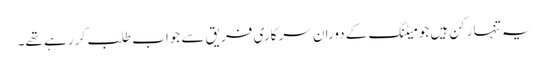
یہ تنہا رکن ہیں جو میٹنگ کے دوران سرکاری فریق سے جواب طلب کر رہے تھے۔